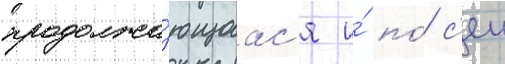
продолжа́ющаас'я и́ по́ с'еи